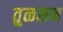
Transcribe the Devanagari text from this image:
तुळसन